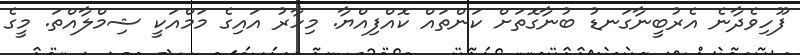
ފޫހިވެދާނެ އެރުބީނާގަނޑު ބުނާގޮތަށް ކަންތައް ކޮއްފިއްޔާ. މިހާރު އައިގެ މަމްއަކީ ޝިމްލާއްތަ. މީގެ